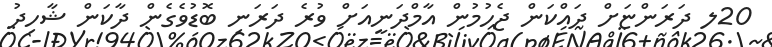
20ލ ދަރަންޏަށް ދައްކަން ޖެހުމުން އާމްދަނީއަށް ވުރެ ދަރަނި ބޮޑުވެގެން ދާކަން ޝާހިދު